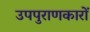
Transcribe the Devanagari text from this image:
उपपुराणकारों